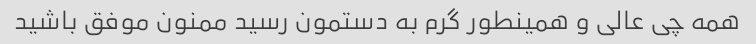
همه چی عالی و همینطور گرم به دستمون رسید ممنون موفق باشید